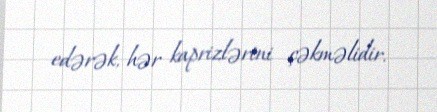
edərək, hər kaprizlərini çəkməlidir.